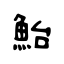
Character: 鮐